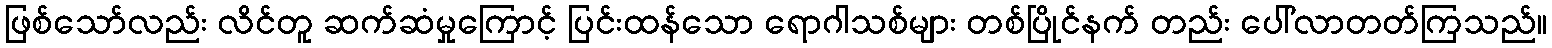
ဖြစ်သော်လည်း လိင်တူ ဆက်ဆံမှုကြောင့် ပြင်းထန်သော ရောဂါသစ်များ တစ်ပြိုင်နက် တည်း ပေါ်လာတတ်ကြသည်။